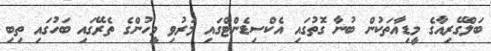
ބަލްގޭރިއާގެ މީޑިއާތަކުން ބުނާ ގޮތުގައި އެކްސިޑެންޓްގައި މަރުވި މީހުންގެ ތެރޭގައި ބަހުގައި ތިބި